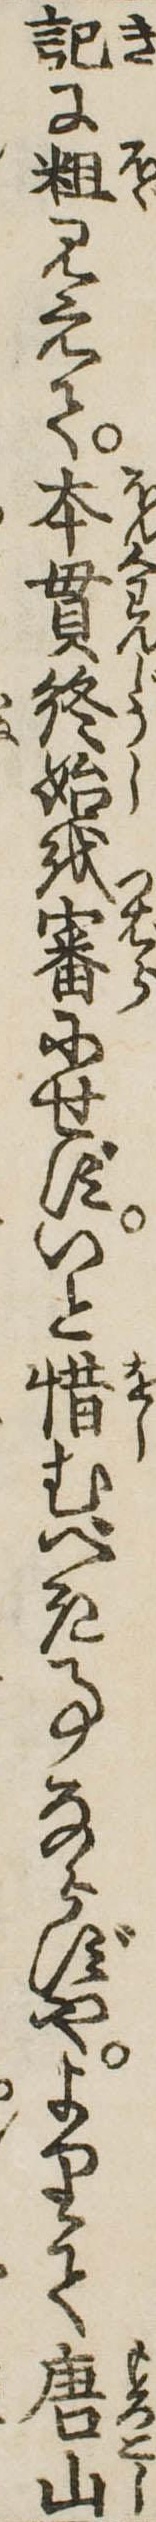
記に粗見えて本貫終始を審にせずいと惜むべき事ならずやよりて唐山